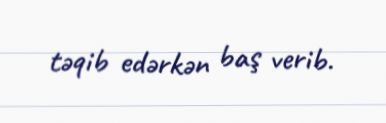
təqib edərkən baş verib.